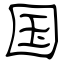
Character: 国